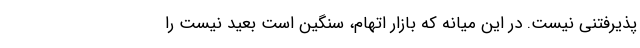
پذیرفتنی نیست. در این میانه که بازار اتهام، سنگین است بعید نیست را